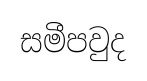
සමීපවුද